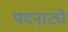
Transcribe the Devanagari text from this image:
पदनाट्ये